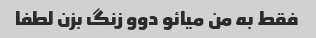
فقط به من میائو دوو زنگ بزن لطفا